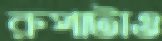
রুপাটাও